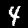
Label: 4